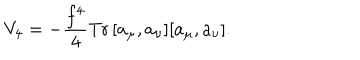
LaTeX: V _ { 4 } = - \frac { f ^ { 4 } } { 4 } \textrm { T r } \, [ a _ { \mu } , a _ { \nu } ] [ a _ { \mu } , a _ { \nu } ] .